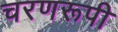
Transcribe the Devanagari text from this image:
चरणरूपी